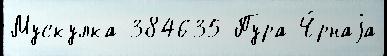
Мускулка 384635 Пура Ч́рнаjа